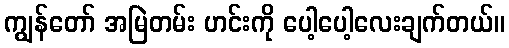
ကျွန်တော် အမြဲတမ်း ဟင်းကို ပေါ့ပေါ့လေးချက်တယ်။